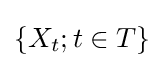
\left\{X_{t};t\in T\right\}